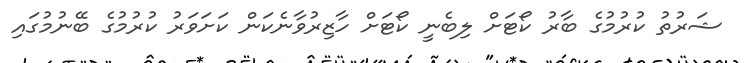
ޝަރުތު ކުރުމުގެ ބާރު ކޯޓަށް ލިބެނީ ކޯޓަށް ހާޒިރުވާނެކަން ކަށަވަރު ކުރުމުގެ ބޭނުމުގައި